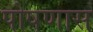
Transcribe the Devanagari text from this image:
पोषणास